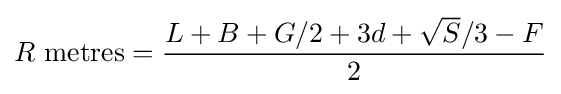
R{\mbox{ metres}}={\frac {L+B+G/2+3d+{\sqrt {S}}/3-F}{2}}